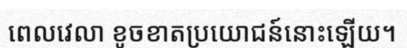
ពេលវេលា ខូចខាតប្រយោជន៍នោះឡើយ។